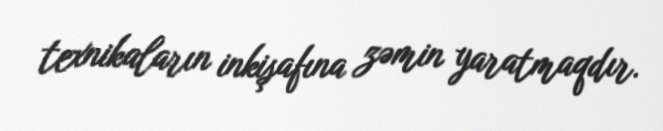
texnikaların inkişafına zəmin yaratmaqdır.